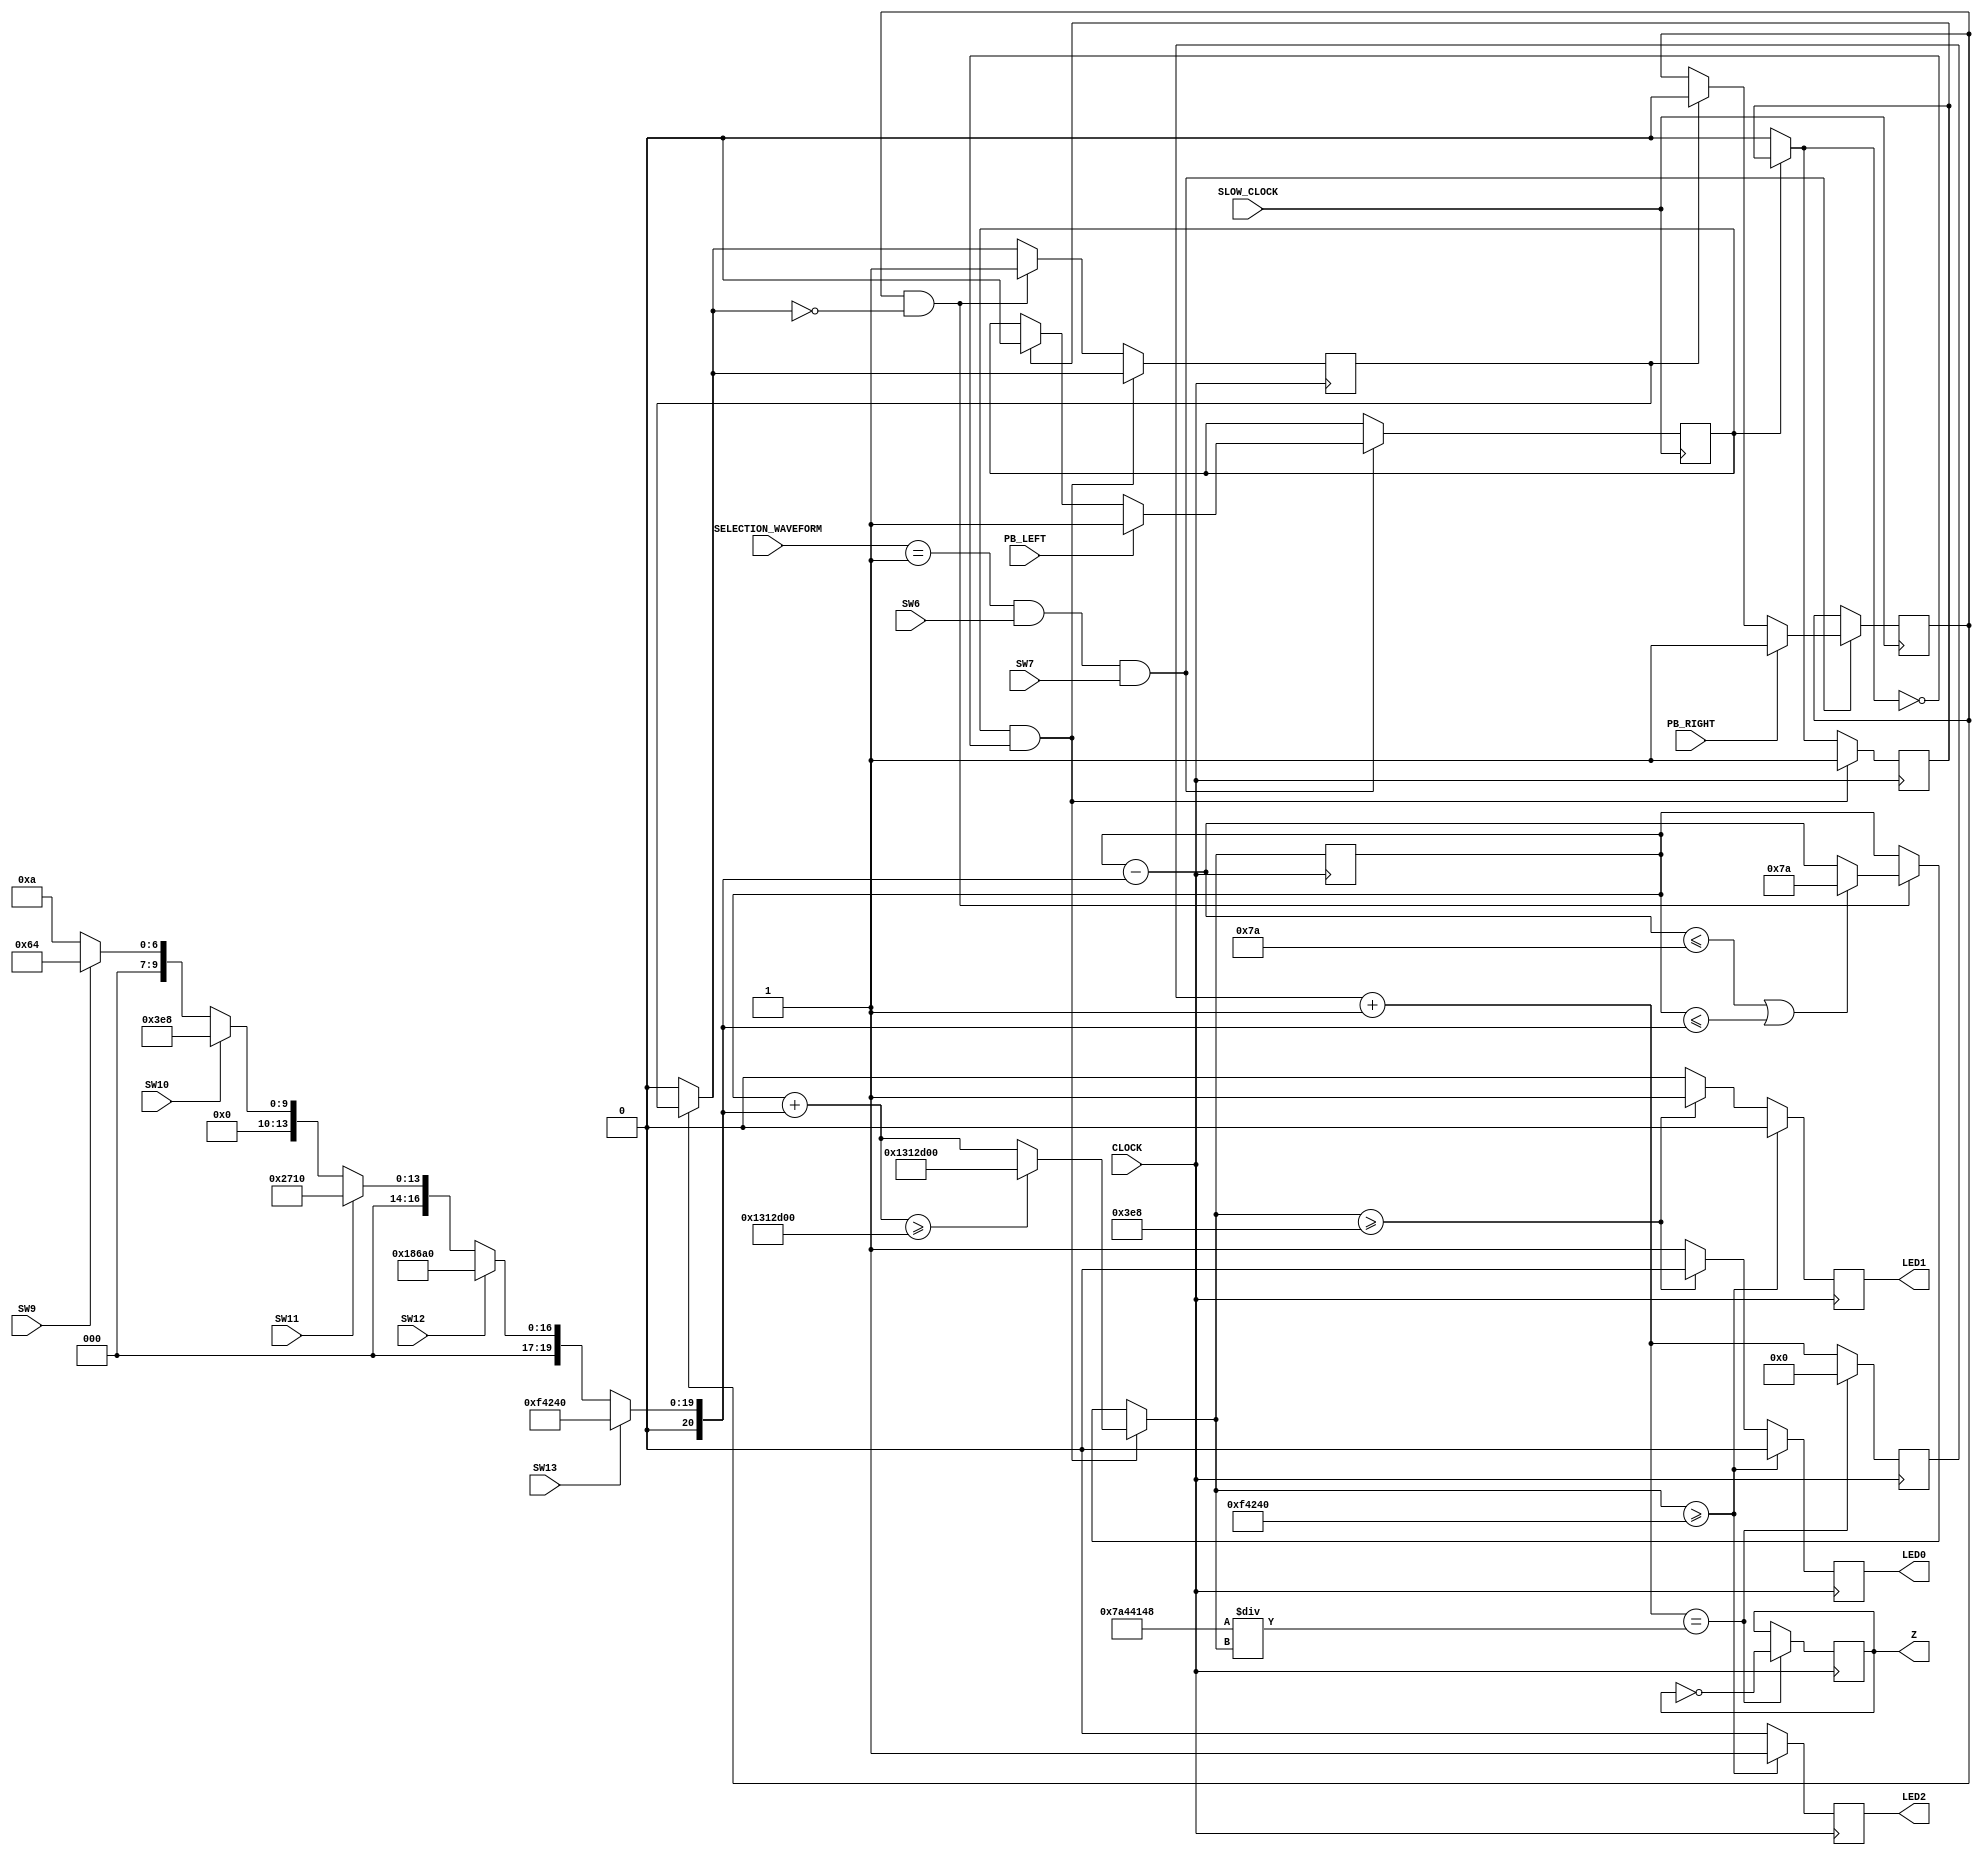
`timescale 1ns / 1ps
//////////////////////////////////////////////////////////////////////////////////
// Company: 
// Engineer: 
// 
// Design Name: 
// Module Name: TRIANGLE_FREQUENCY_B
// Project Name: 
// Target Devices: 
// Tool Versions: 
// Description: 
// 
// Dependencies: 
// 
// Revision:
// Revision 0.01 - File Created
// Additional Comments:
// 
//////////////////////////////////////////////////////////////////////////////////


module TRIANGLE_FREQUENCY_B(
input CLOCK,
    input SLOW_CLOCK,
    input PB_LEFT,
    input PB_RIGHT,
    input SW6,
    input SW7,
    input SW9,
    input SW10,
    input SW11,
    input SW12,
    input SW13,
    input [1:0] SELECTION_WAVEFORM,
    output reg Z,
    output LED0,
    output LED1,
    output LED2
    );
    
    reg [19:0] count = 20'b0;
    integer FPGA_frequency = 128205128;
    integer frequency = 123;               
    integer vary_clock = 20'hFFFFF;           
    integer frequency_addition = 1000;
    
    reg left_press = 0;
    reg left_press_reset = 0;
    reg right_press = 0;
    reg right_press_reset = 0;
    
    reg mHz = 0;
    reg Hz = 0;
    reg kHz = 0;
    
    //checking for PB//
    always @(posedge SLOW_CLOCK)
    begin
        if(SELECTION_WAVEFORM == 1 && SW6 == 1 && SW7 == 1)
        begin
            left_press = (PB_LEFT == 1) ? 1 :
                            ((left_press_reset == 1) ? 0 : left_press);     //check LEFT pressbutton
    
            right_press = (PB_RIGHT == 1) ? 1 :
                            ((right_press_reset == 1) ? 0 : right_press);     //check RIGHT pressbutton
        end
    end
    //end of checking for PB //
    
    //vary frequency//
    always @(posedge CLOCK)
    begin
        //switch frequency setting//
        frequency_addition = (SW13 == 1) ? 1000000 :            // 1KHz
                             (SW12 == 1) ? 100000 :             // 100Hz
                             (SW11 == 1) ? 10000 :              // 10Hz
                             (SW10 == 1) ? 1000 :               // 1Hz
                             (SW9 == 1) ? 100: 10;             // 0.1Hz else 0.01Hz
        //end of switch frequency setting//
        
        left_press_reset = (left_press == 0) ? 0 : left_press_reset;
        right_press_reset = (right_press == 0) ? 0 : right_press_reset;
        
        if(left_press == 1 && left_press_reset == 0) //increase frequency
        begin
            if(frequency + frequency_addition >= 20000000)
            begin
                frequency = 20000000;
            end
            else
            begin 
                frequency = frequency + frequency_addition;
            end
            left_press_reset = 1 ;
        end
        else if(right_press == 1 && right_press_reset == 0)//decrease freqeuncy
        begin
            if(frequency - frequency_addition <= 122 || frequency <= frequency_addition)
            begin
                frequency = 122;
            end
            else
            begin
                frequency = frequency - frequency_addition;
            end
            right_press_reset = 1 ;
        end
        
        vary_clock = (FPGA_frequency/frequency);
        
        //frequency LED//
        if(frequency >= 1000000)
        begin
            mHz = 0;
            Hz = 0;
            kHz = 1;
        end
        else if(frequency >= 1000)
        begin
            mHz = 0;
            Hz = 1;
            kHz = 0;
        end
        else
        begin
            mHz = 1;
            Hz = 0;
            kHz = 0;
        end
        //end of frequency LED//
        
        count = count + 1;
        if(count == vary_clock)
        begin
            Z = ~Z;
            count = 0;
        end
    end
    //end vary frequency//
    
    assign LED0 = mHz;
    assign LED1 = Hz;
    assign LED2 = kHz;
    
endmodule